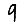
Digit: 9